Annual statistical returns and brief notes on vaccination in Bengal - 1909-1929
Year: 1909
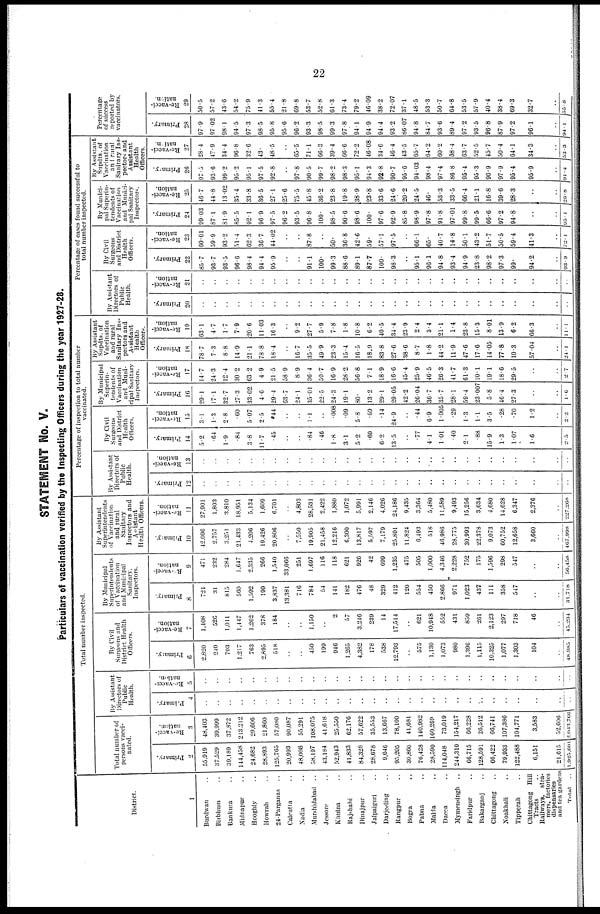
22
STATEMENT No. V.
Particulars of vaccination verified by the Inspecting Officers during the year 1927-28.
District.
1
Burdwan ..
Birbhum..
Bankura..
Midnapur..
Hooghly..
Howrah..
24-Parganas ..
Calcutta..
Nadia ..
Murshidabad ..
Jessore..
Khulna..
Rajshahi..
Dinajpur..
Jalpaiguri..
Darjeeling..
Rangpur..
Bogra..
Pabna..
Malda..
Dacca..
Mymensingh ..
Faridpur..
Bakarganj..
Chittagong..
Noakhali..
Tipperah..
Chittagong Hill
Tracts..
Railways, stea-
mers, factories
dispensaries
and tea gardens
Total..
Total number inspected.
Total number of
persons vacci-
nated.
Primary.
2
55,919
37,529
39,189
144,458
24,682
28,893
125,765
20,993
48,008
58,197
43,184
52,943
41,833
84,328
28,678
9,646
95,205
30,860
70,428
28,590
114,048
244,310
66,715
128,591
66,422
79,933
122,488
6,151
21,615
1,925,604
Re-vacci-
nation.
3
48,403
39,999
37,872
213,212
29,606
21,800
57,080
90,087
55,291
108,075
41,618
25,550
62,170
57,622
35,553
13,667
78,100
41,681
140,982
160,269
73,019
154,217
66,228
26,512
66,741
107,386
104,771
3,583
52,606
2,043,766
By Assistant
Directors of
Public
Health.
Primary.
4
..
..
..
..
..
..
..
..
..
..
..
..
..
..
..
..
..
..
..
..
..
..
..
..
..
..
..
..
..
..
Re-vacci-
nation.
5
..
..
..
..
..
..
..
..
..
..
..
..
..
..
..
..
..
..
..
..
..
..
..
..
..
..
..
..
..
..
By Civil
Surgeons and
District Health
Officers.
Primary.
6
2,820
240
703
1,217
763
2,895
518
..
..
450
199
946
1,265
4,382
178
538
12,793
..
575
1,130
1,073
980
1,396
1,115
10,325
1,077
1,303
104
..
48,985
Re-vacci-
nation.
7
1,408
526
1,011
1,447
1,262
378
184
..
..
1,150
..
2
57
3,246
239
14
17,514
..
621
10,948
552
431
859
261
2,123
297
718
46
..
45,294
By Municipal
Superintendents
of Vaccination
and Municipal
Sanitary.
Inspectors.
Primary.
8
724
31
815
560
1,592
199
3,837
13,381
716
784
54
141
182
476
48
329
412
120
554
450
2,866
971
1,023
437
111
358
547
..
..
31,718
Re-vacci-
nation.
9
471
232
284
1,647
2,335
266
1,540
33,066
251
1,697
116
118
621
926
42
699
1,235
475
505
1,000
4,346
2,228
752
175
1,596
298
547
..
..
56,458
By Assistant
Superintendents
of Vaccination
and rural
Sanitary
Inspectors and
Assistant
Health Officers.
Primary.
10
42,096
2,757
3,251
21,433
4,206
19,426
20,806
..
7,550
19,905
21,458
12,216
6,300
13,817
5,597
7,179
25,891
11,824
6,493
518
40,986
28,775
30,993
22,378
9,073
60,752
12,658
3,660
..
407,998
Re-vacci-
nation.
11
27,901
1,803
3,810
18,951
5,134
1,609
6,701
..
4,803
28,531
2,422
1,880
1,072
5,991
2,146
4,026
24,186
9,435
3,364
5,480
11,589
9,493
15,256
3,634
4,680
14,628
6,347
2,376
..
227,268
Percentage of inspection to total number
vaccinated.
By Assistant
Directors of
Public
Health.
Primary.
12
..
..
..
..
..
..
..
..
..
..
..
..
..
..
..
..
..
..
..
..
..
..
..
..
..
..
..
..
..
..
Re-vacci-
nation.
13
..
..
..
..
..
..
..
..
..
..
..
..
..
..
..
..
..
..
..
..
..
..
..
..
..
..
..
..
..
..
By Civil
Surgeons
and District
Health
Officers.
Primary.
14
5.2
.64
1.9
.84
3.8
11.7
.45
..
..
.84
.40
1.8
3.1
5.2
.60
6.2
13.5
..
.77
4.1
1.01
.40
2.1
.88
15.9
1.3
1.07
1.6
..
2.5
Re-vacci-
nation.
15
3.1
1.3
2.8
.60
5.07
2.5
.44
..
..
1.1
..
.008
.09
5.8
.69
.14
24.9
..
.44
6.9
1.005
.29
1.3
1.1
3.5
.28
.70
1.2
..
2.2
By Municipal
Superin-
tendents of
Vaccination
and Muni-
cipal Sanitary
Inspectors.
Primary.
16
29.1
17.1
32.7
27.3
33.02
4.6
29.4
63.7
24.1
35.01
22.5
24.3
19.1
80.
13.2
29.1
29.05
42.2
26.04
36.7
35.7
28.1
59.4
23,007
5.8
46.4
27.3
..
..
1.6
Re-vacci-
nation.
17
14.7
24.3
12.4
30.2
63.2
4.9
21.5
58.9
8.9
36.4
59.7
16.9
28.2
56.8
7.1
18.9
16.6
45.4
25.9
46.5
26.3
41.7
61.3
10.1
19.1
18.6
29.5
..
..
2.7
By Assistant
Supdts. of
Vaccination
and rural
Sanitary Ins-
pectors and
Assistant
Health
Officers.
Primary.
18
78.7
7.3
8.8
14.9
21.1
78.8
18.4
..
16.7
35.5
49.9
23.3
15.4
10.5
18.9
83.8
27.6
38.6
8.7
1.8
44.2
11.9
47.6
17.6
14.05
77.8
10.3
57.04
..
24.1
Re-vacci-
nation.
19
63.1
4.7
1.7
7.9
20.6
11.03
16.3
..
9.2
27.7
5.9
7.8
1.8
10.8
6.2
40.5
34.4
23.9
2.4
3.4
21.1
1.4
23.8
15.3
8.01
13.9
6.2
66.3
..
11.1
Percentage of cases found successful to
total number inspected.
By Assistant
Directors of
Public
Health.
Primary.
20
..
..
..
..
..
..
..
..
..
..
..
..
..
..
..
..
..
..
..
..
..
..
..
..
..
..
..
..
..
..
Re-vacci-
nation.
21
..
..
..
..
..
..
..
..
..
..
..
..
..
..
..
..
..
..
..
..
..
..
..
..
..
..
..
..
..
93.9
By Civil
Surgeons
and District
Health
Officers.
Primary.
22
85.7
93.7
93.5
96.0
98.4
94.4
95.9
..
..
91.1
100.
99.3
88.6
89.1
87.7
100.
98.3
..
95.1
96.1
94.8
93.4
94.9
23.8
98.2
97.3
99.
94.2
..
72. 9
Re-vacci-
nation.
23
60.01
59.9
93.2
51.4
62.3
36.7
44.02
..
..
87.8
..
50.
36.8
42.6
59.
57.1
97.5
..
66.1
65.
40.7
14.8
50.1
43.2
51.7
50.5
59.4
41.3
..
72.1
By Munici-
pal Superin-
tendents of
Vaccination
and Munici-
pal Sanitary
Inspectors.
Primary.
24
99.03
87.1
81.9
85.5
92.1
96.9
97.5
96.2
93.5
96.8
100.
98.5
90.6
98.6
100.
97.6
92.9
85.8
98.9
97.8
91.8
97.01
99.8
99.5
66.6
97.2
94.8
..
..
95.1
Re-vacci-
nation.
25
46.7
44.8
13.02
35.4
33.8
36.5
27.1
25.6
75.5
45.8
36.2
23.8
19.8
38.9
23.8
33.6
24.6
20.2
24.5
40.
53.3
33.5
66.4
21.1
16.8
39.6
28.3
..
..
20.8
By Assistant
Supdts. of
Vaccination
and rural
Sanitary Ins-
pectors and
Assistant
Health
Officers.
Primary.
26
97.5
93.6
99.2
95.2
95.1
97.5
92.8
..
97.8
90.5
99.7
98.2
98.3
95.1
94.3
92.8
90.7
95.6
94.03
98.4
97.4
86.8
95.4
95.3
90.9
97.9
95.4
95.9
..
91.4
Re-vacci-
nation.
27
28.4
47.9
34.4
96.8
32.6
43.
48.5
..
65.5
71.1
66.3
39.4
66.6
72.2
46.08
34.6
46.4
43.5
65.7
64.2
60.2
38.4
63.7
52.5
45.7
50.4
64.1
34.3
..
53.3
Percen
of suc
report
Primary.
28
97.9
97.02
98.1
94.5
97.3
98.5
95.8
95.6
96.2
93.3
98.5
99.3
97.8
94.1
94.9
94.4
93.2
86.07
94.8
84.7
93.6
89.4
97.2
93.5
96.8
87.9
97.2
96.1
..
94.1
Re-vacci-
nation.
29
50.5
57.2
43.6
54.2
75.9
41.3
55.4
21.8
69.8
53.7
52.8
61.3
73.4
79.2
46.09
38.2
72.07
37.1
48.5
53.3
50.7
64.8
53.5
57.9
40.4
38.4
69.3
32.7
..
55.8